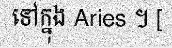
ទៅក្នុង Aries ។ [